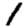
Digit: 1